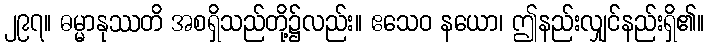
၂၉၇။ ဓမ္မာနုဿတိ အစရှိသည်တို့၌လည်း။ ဧသေဝ နယော၊ ဤနည်းလျှင်နည်းရှိ၏။